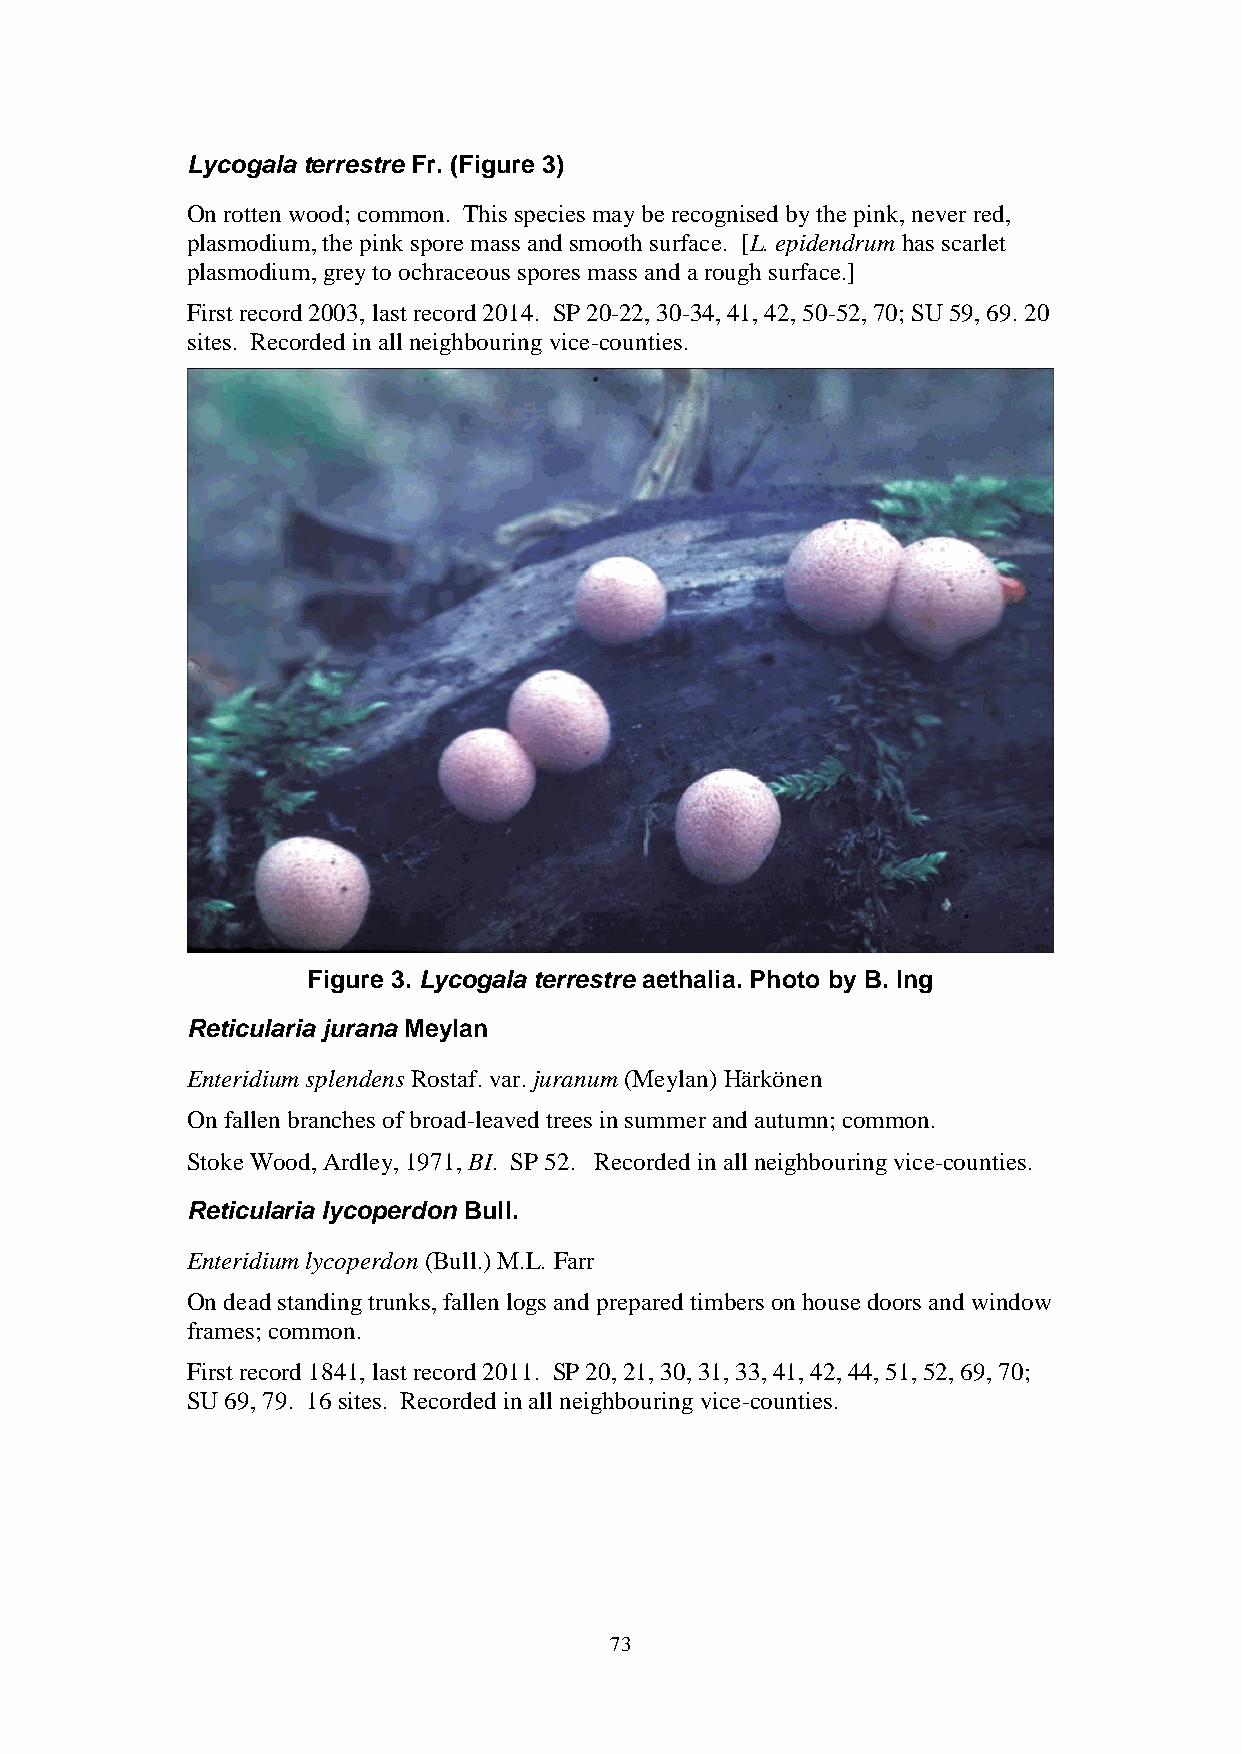
Lycogala terrestre Fr. (Figure 3)
 On rotten wood; common. This species may be recognised by the pink, never red,
 plasmodium, the pink spore mass and smooth surface. [L. epidendrum has scarlet
 plasmodium, grey to ochraceous spores mass and a rough surface.]
 First record 2003, last record 2014. SP 20-22, 30-34, 41, 42, 50-52, 70; SU 59, 69. 20
 sites. Recorded in all neighbouring vice-counties.
 Figure 3. Lycogala terrestre aethalia. Photo by B. Ing
 Reticularia jurana Meylan
 Enteridium splendens Rostaf. var. juranum (Meylan) Härkönen
 On fallen branches of broad-leaved trees in summer and autumn; common.
 Stoke Wood, Ardley, 1971, BI. SP 52. Recorded in all neighbouring vice-counties.
 Reticularia lycoperdon Bull.
 Enteridium lycoperdon (Bull.) M.L. Farr
 On dead standing trunks, fallen logs and prepared timbers on house doors and window
 frames; common.
 First record 1841, last record 2011. SP 20, 21, 30, 31, 33, 41, 42, 44, 51, 52, 69, 70;
 SU 69, 79. 16 sites. Recorded in all neighbouring vice-counties.
 73